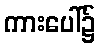
ကားပေါ်၌